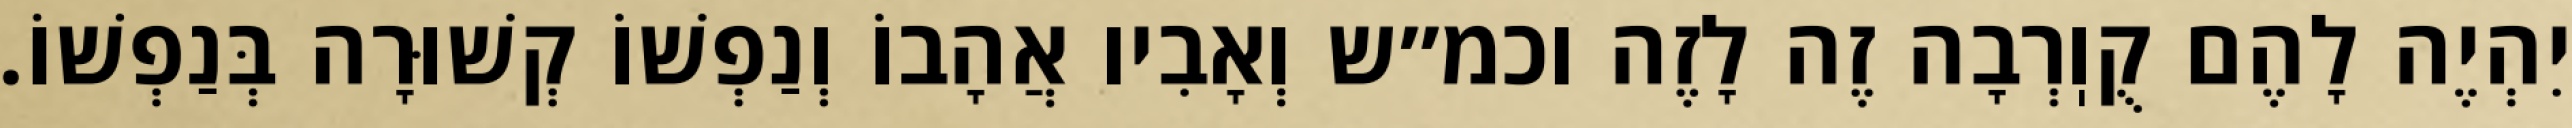
יִהְיֶה לָהֶם קֻוֽרְבָה זֶה לָזֶה וכמ״ש וְאָבִיו אֲהָבוֹ וְנַפְשׁוֹ קְשׁוּרָה בְּנַפְשׁוֹ.